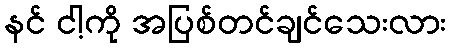
နင် ငါ့ကို အပြစ်တင်ချင်သေးလား